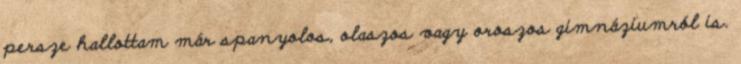
persze hallottam már spanyolos, olaszos vagy oroszos gimnáziumról is.